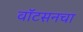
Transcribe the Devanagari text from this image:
वॉटसनचा